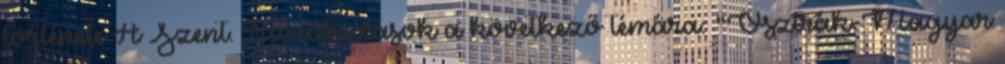
története A Szent. Az előadások a következő témára: "Osztrák-Magyar